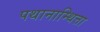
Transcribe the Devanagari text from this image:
पथानाम्थित्ता